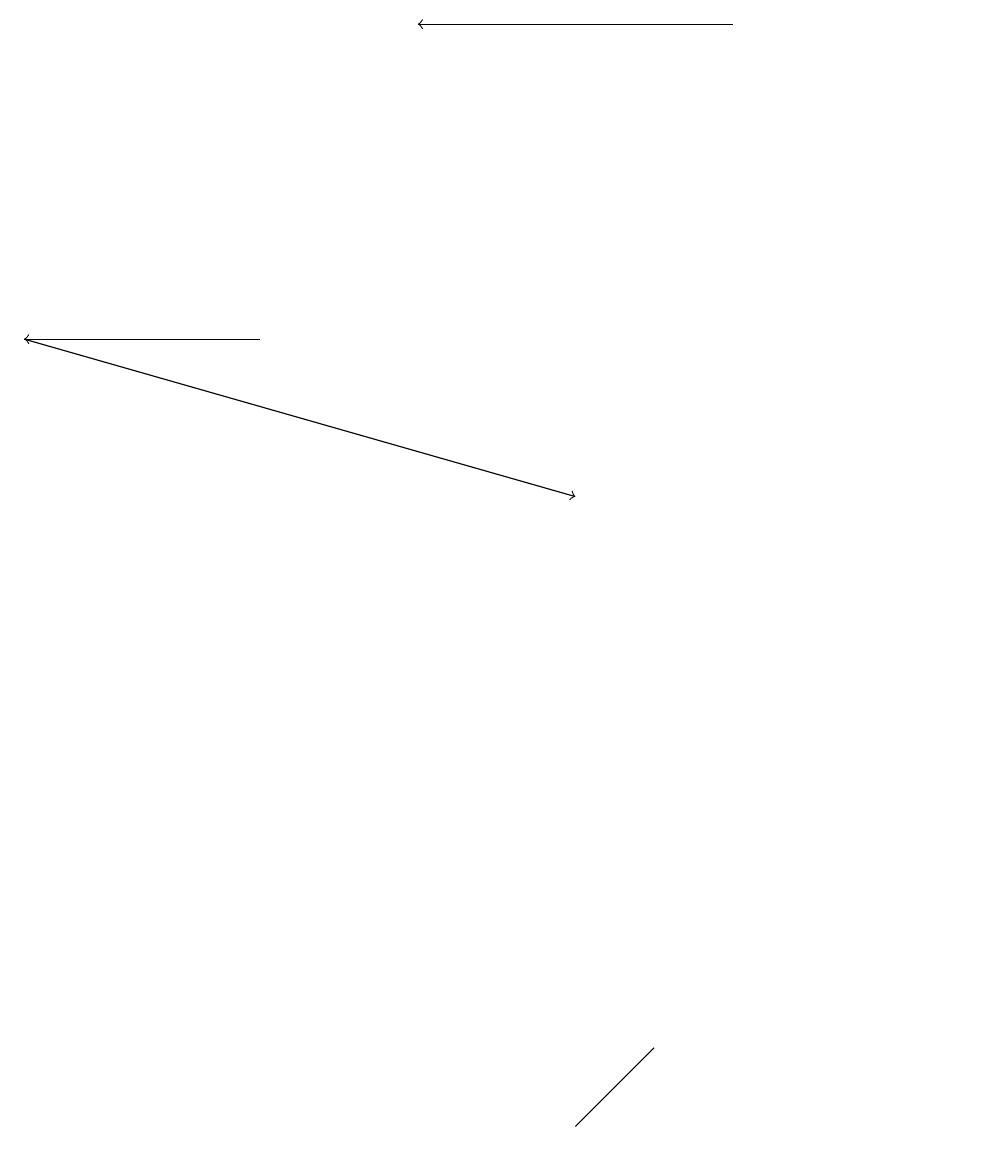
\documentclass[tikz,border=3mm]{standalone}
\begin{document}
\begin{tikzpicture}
\draw[->] (9,18) -- (5,18);
\draw (12,10) circle (0);
\draw[->] (3,14) -- (0,14);
\draw[->] (0,14) -- (7,12);
\draw (7,4) -- (7,4) -- (8,5) -- cycle;
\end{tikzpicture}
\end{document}